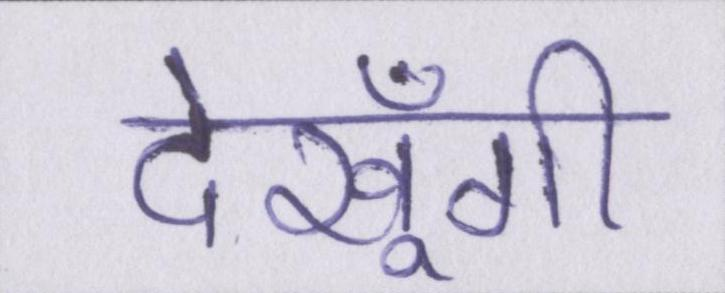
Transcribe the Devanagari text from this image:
देखूँगी